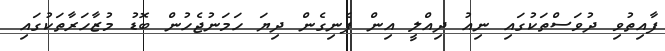
ފާއިތުވި ދުވަސްތަކުގައި ނިއު ދިއްލީ އިން ފެނިގެން ދިޔަ ހަމަނުޖެހުން ބޮޑު މުޒާހަރާތަކުގައި